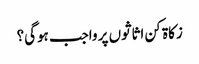
زکاۃ کن اثاثوں پر واجب ہوگی؟